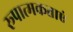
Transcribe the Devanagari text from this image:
रूपात्मकताएं